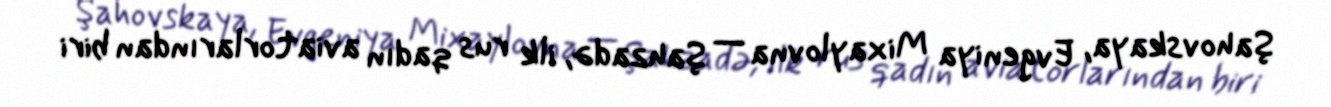
Şahovskaya, Evgeniya Mixaylovna — Şahzadə, ilk rus qadın aviatorlarından biri